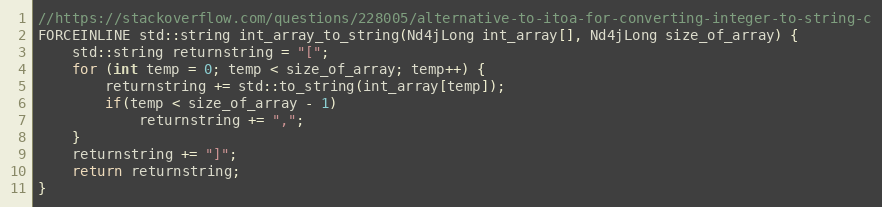
Language: C
//https://stackoverflow.com/questions/228005/alternative-to-itoa-for-converting-integer-to-string-c
FORCEINLINE std::string int_array_to_string(Nd4jLong int_array[], Nd4jLong size_of_array) {
    std::string returnstring = "[";
    for (int temp = 0; temp < size_of_array; temp++) {
        returnstring += std::to_string(int_array[temp]);
        if(temp < size_of_array - 1)
            returnstring += ",";
    }
    returnstring += "]";
    return returnstring;
}